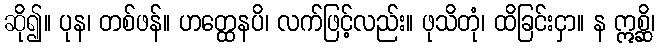
ဆို၍။ ပုန၊ တစ်ဖန်။ ဟတ္ထေနပိ၊ လက်ဖြင့်လည်း။ ဖုသိတုံ၊ ထိခြင်းငှာ။ န ဣစ္ဆိ၊